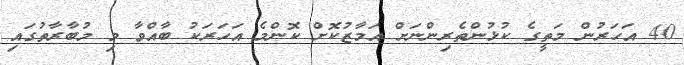
40 އަހަރުން މަތީގެ ކުޅުންތެރިންނަށް އަމާޒުކޮށް ކޮންމެ އަހަރަކު ބާއްވާ މި މުބާރާތުގައި